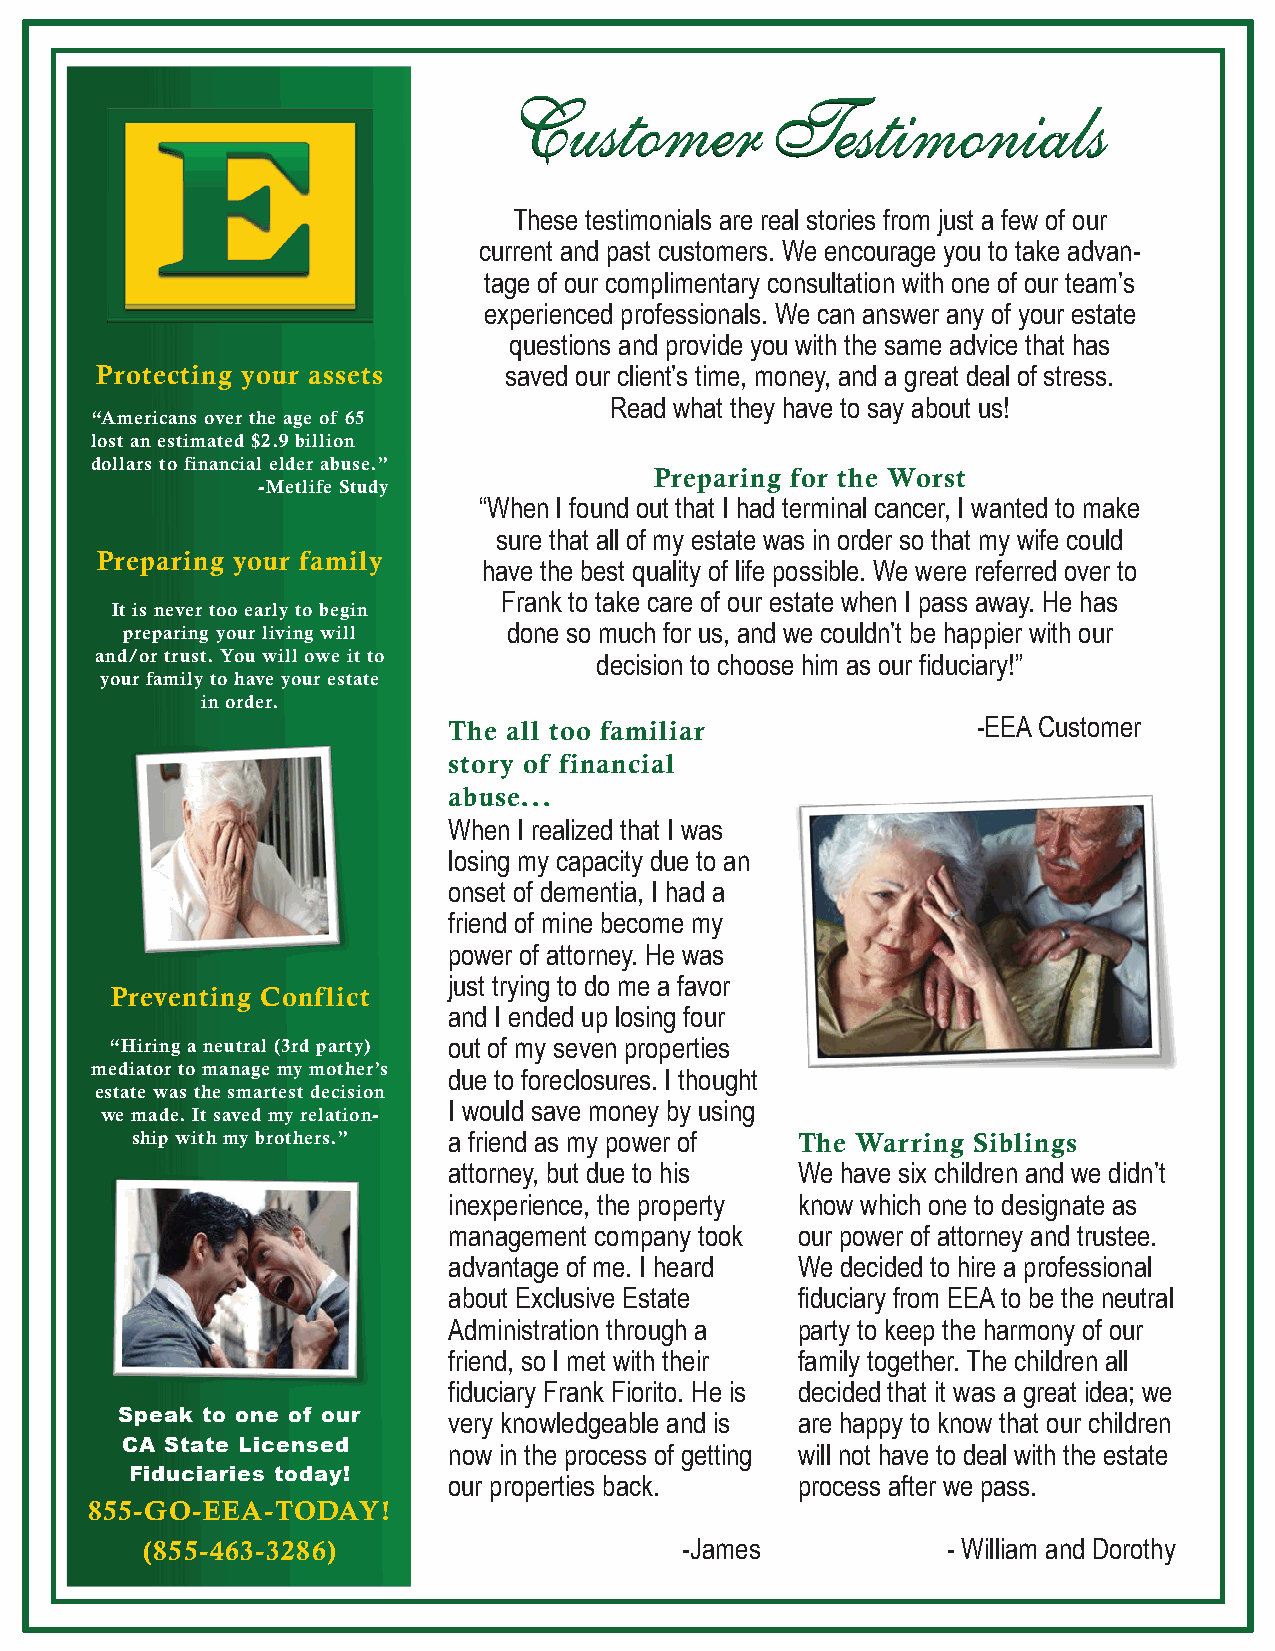
CCuussttoommeerr TTeessttiimmoonniiaallss
 These testimonials are real stories from just a few of our
 current and past customers. We encourage you to take advan-
 tage of our complimentary consultation with one of our team’s
 experienced professionals. We can answer any of your estate
 questions and provide you with the same advice that has
 Protecting your assets     saved our client’s time, money, and a great deal of stress.
 Read what they have to say about us!
 “Americans over the age of 65
 lost an estimated $2.9 billion
 dollars to financial elder abuse.”
 Preparing for the Worst
 -Metlife Study
 “When I found out that I had terminal cancer, I wanted to make
 sure that all of my estate was in order so that my wife could
 Preparing your family
 have the best quality of life possible. We were referred over to
 Frank to take care of our estate when I pass away. He has
 It is never too early to begin
 preparing your living will done so much for us, and we couldn’t be happier with our
 and/or trust. You will owe it to
 decision to choose him as our fiduciary!”
 your family to have your estate
 in order.
 The all too familiar               -EEA Customer
 story of financial
 abuse...
 When I realized that I was
 losing my capacity due to an
 onset of dementia, I had a
 friend of mine become my
 power of attorney. He was
 just trying to do me a favor
 Preventing Conflict
 and I ended up losing four
 “Hiring a neutral (3rd party) out of my seven properties
 mediator to manage my mother’s
 due to foreclosures. I thought
 estate was the smartest decision
 we made. It saved my relation- I would save money by using
 ship with my brothers.” a friend as my power of The Warring Siblings
 attorney, but due to his We have six children and we didn’t
 inexperience, the property know which one to designate as
 management company took our power of attorney and trustee.
 advantage of me. I heard We decided to hire a professional
 about Exclusive Estate fiduciary from EEA to be the neutral
 Administration through a party to keep the harmony of our
 friend, so I met with their family together. The children all
 fiduciary Frank Fiorito. He is decided that it was a great idea; we
 Speak to one of our   very knowledgeable and is are happy to know that our children
 CA State Licensed
 now in the process of getting will not have to deal with the estate
 Fiduciaries today!
 our properties back.   process after we pass.
 855-GO-EEA-TODAY!
 (855-463-3286)                      -James            - William and Dorothy